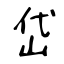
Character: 岱